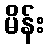
မိန်း